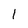
Character: 1